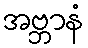
အဗ္ဘာနံ